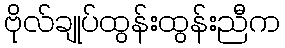
ဗိုလ်ချုပ်ထွန်းထွန်းညီက